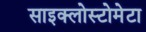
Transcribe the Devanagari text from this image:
साइक्लोस्टोमेटा